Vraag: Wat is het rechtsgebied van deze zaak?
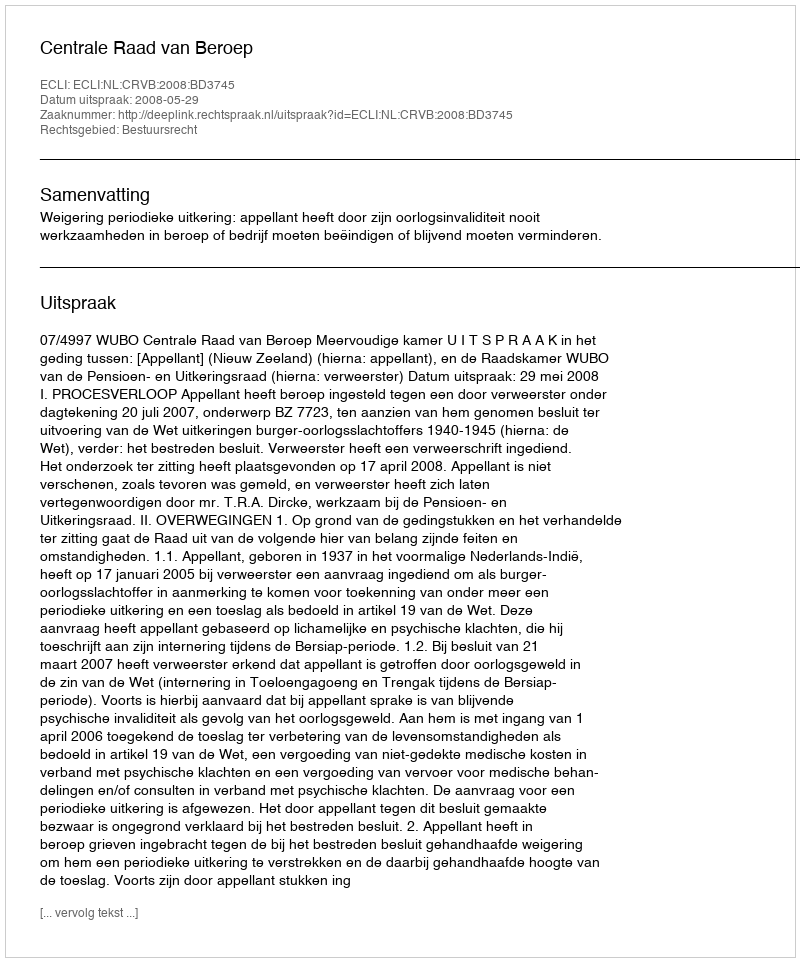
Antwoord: Bestuursrecht